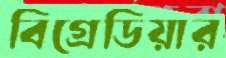
বিগ্রেডিয়ার